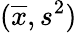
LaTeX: ({\overline{{x}}},s^{2})